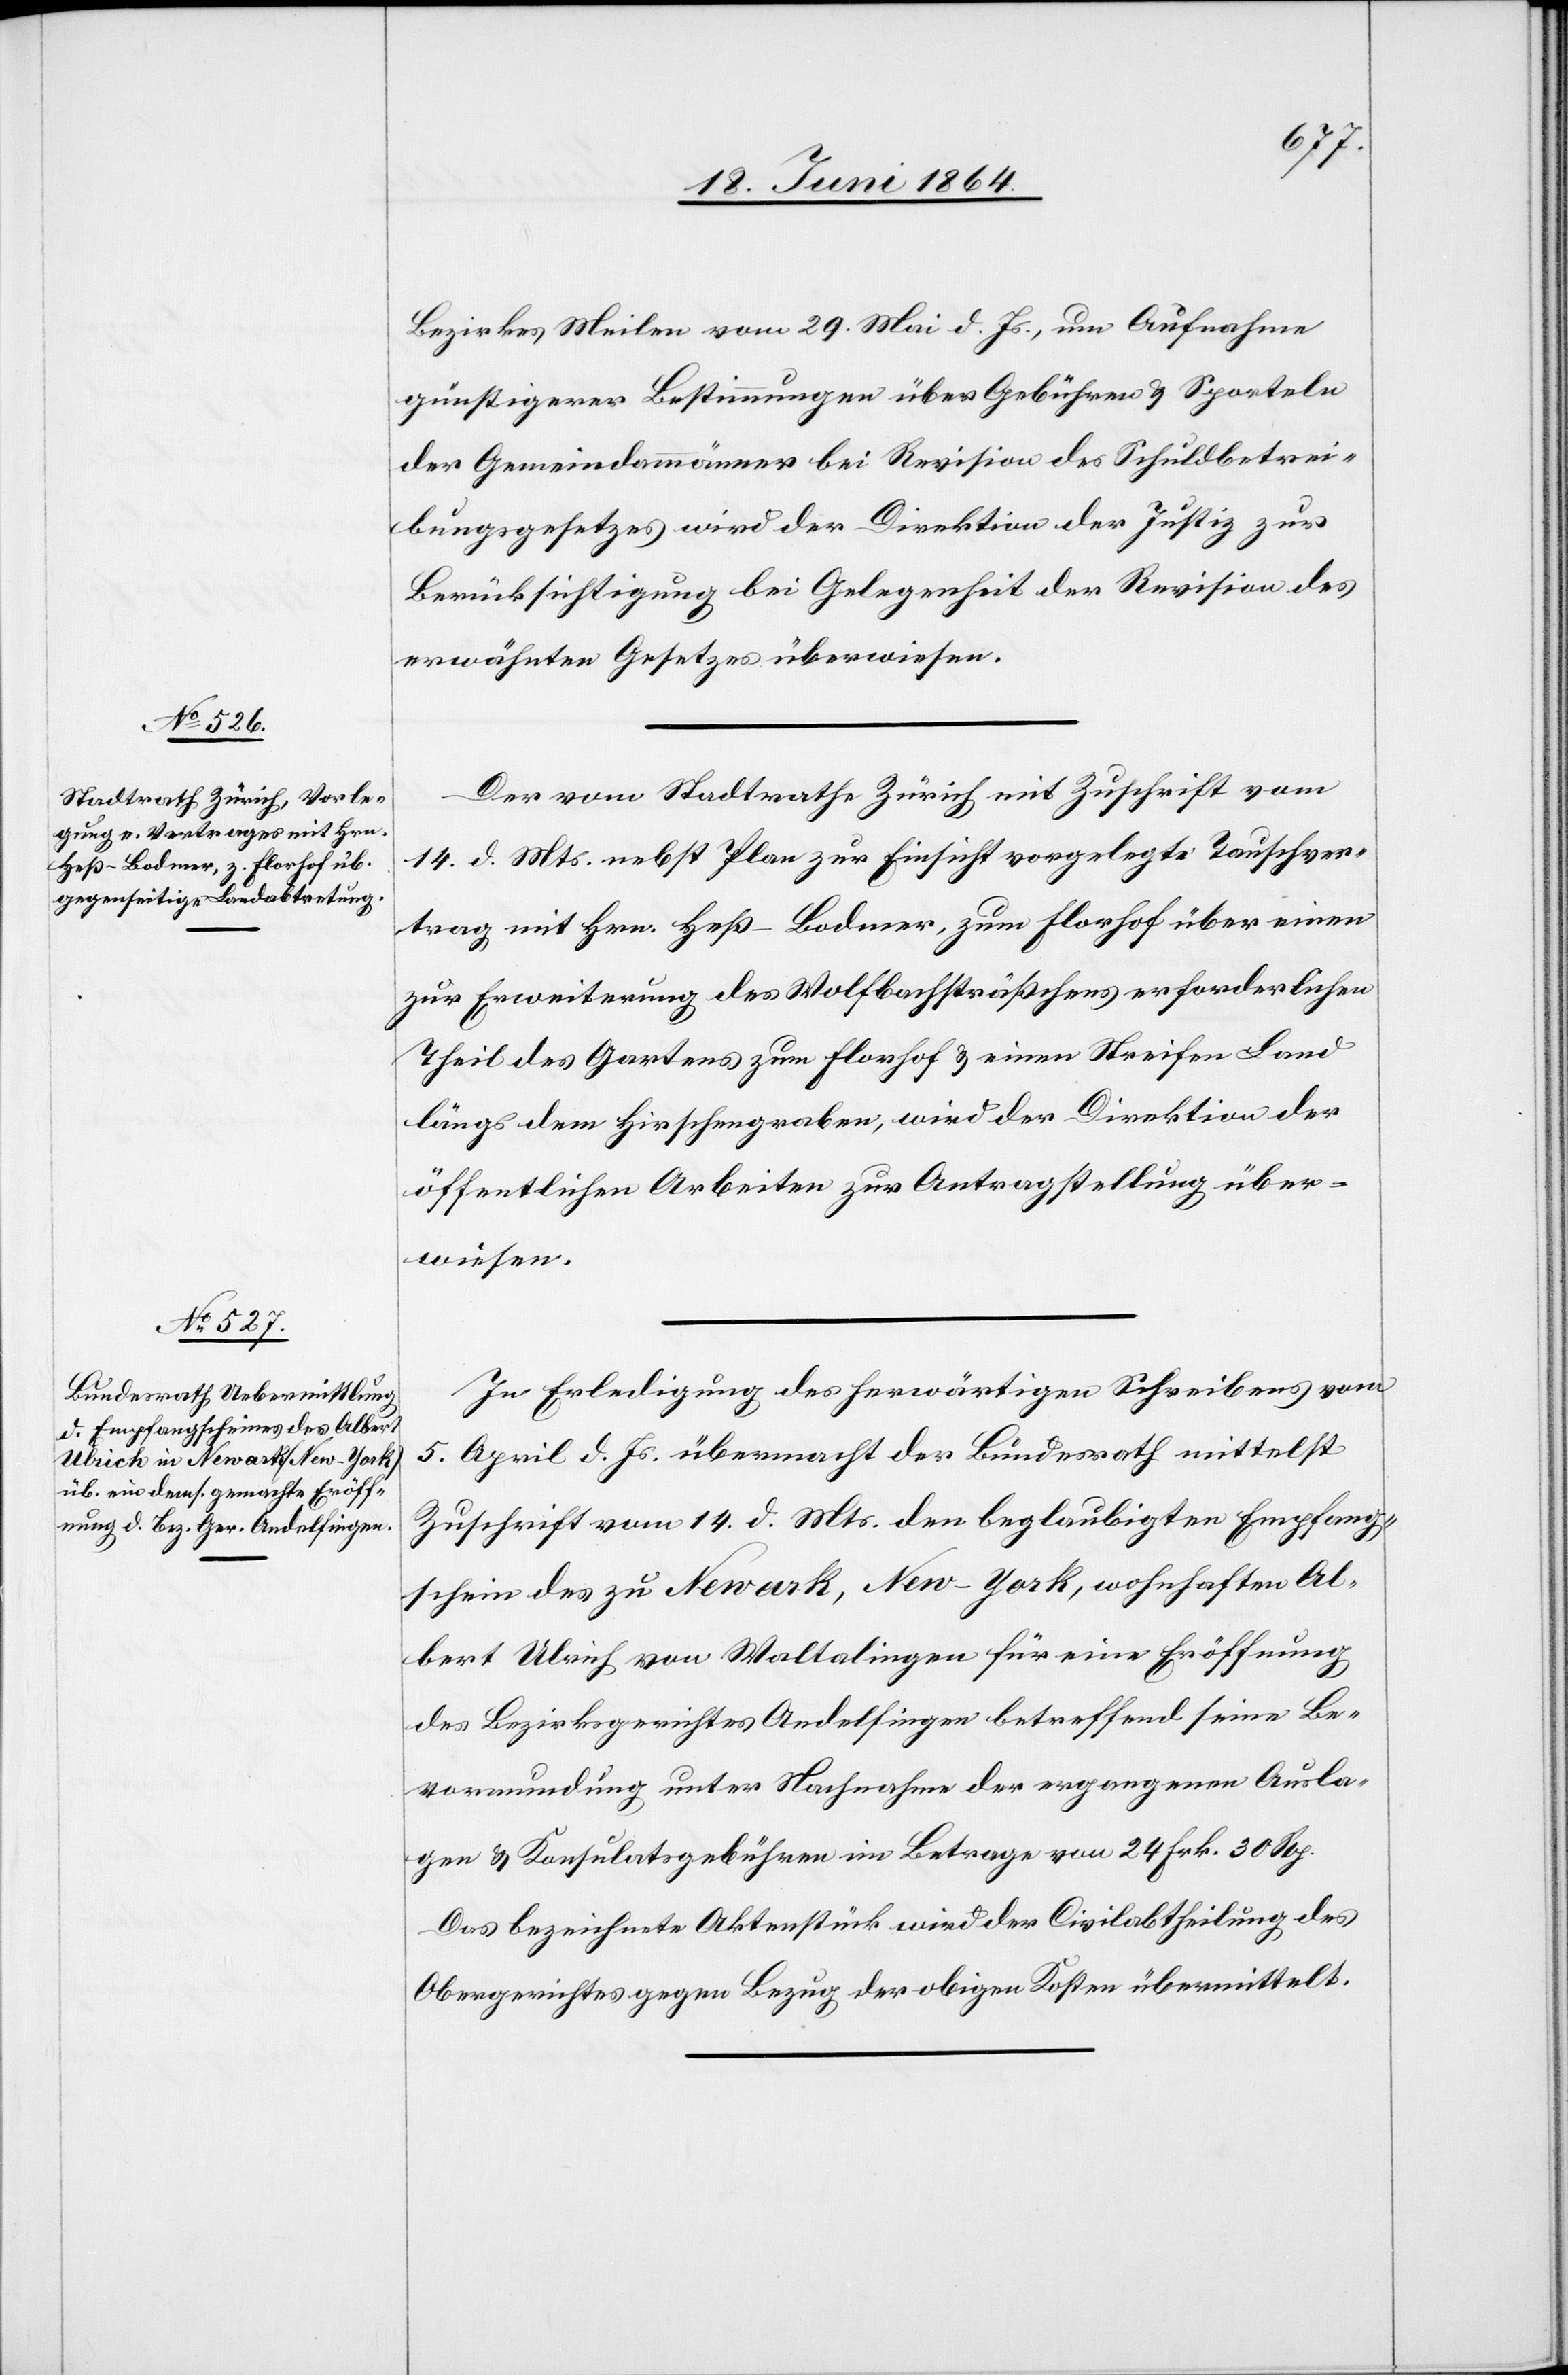
18. Juni 1864.]
Bezirkes Meilen vom 29. Mai d. Js., um Aufnahme
günstigerer Bestimmungen über Gebühren u. Sporteln
der Gemeindammänner bei Revision des Schuldbetrei¬
bungsgesetzes wird der Direktion der Justiz zur
Berücksichtigung bei Gelegenheit der Revision des
erwähnten Gesetzes überwiesen.
Der vom Stadtrathe Zürich mit Zuschrift vom
14. d. Mts. nebst Plan zur Einsicht vorgelegte Tauschver¬
trag mit Hrn. Heß-Bodmer, zum Florhof über einen
zur Erweiterung des Wolfbachsträßchens erforderlichen
Theil des Gartens zum Florhof u. einen Streifen Land
längs dem Hirschengraben, wird der Direktion der
öffentlichen Arbeiten zur Antragstellung über¬
wiesen.
In Erledigung des herwärtigen Schreibens vom
5. April d. Js. übermacht der Bundesrath mittelst
Zuschrift vom 14. d. Mts. den beglaubigten Empfang¬
schein des zu Newark, New-York, wohnhaften Al¬
bert Ulrich von Waltalingen für eine Eröffnung
des Bezirksgerichtes Andelfingen betreffend seine Be¬
vormundung unter Nachnahme der ergangenen Ausla¬
gen u. Konsulatsgebühren im Betrage von 24 Frk. 30 Rp.
Das bezeichnete Aktenstück wird der Civilabtheilung des
Obergerichtes gegen Bezug der obigen Kosten übermittelt.